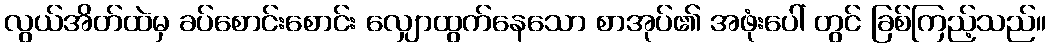
လွယ်အိတ်ထဲမှ ခပ်စောင်းစောင်း လျှောထွက်နေသော စာအုပ်၏ အဖုံးပေါ် တွင် ခြစ်ကြည့်သည်။